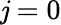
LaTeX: \mathit{j}=0